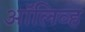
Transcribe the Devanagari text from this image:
अाॅलिव्ह